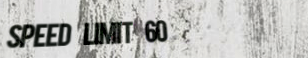
speed limit 60